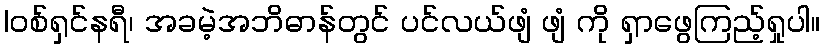
|ဝစ်ရှင်နရီ၊ အခမဲ့အဘိဓာန်တွင် ပင်လယ်ဖျံ ဖျံ ကို ရှာဖွေကြည့်ရှုပါ။